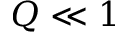
Q \ll 1